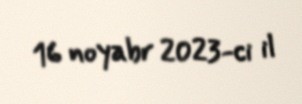
16 noyabr 2023-ci il